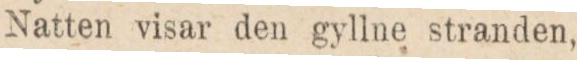
Natten visar den gyllne stranden,